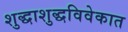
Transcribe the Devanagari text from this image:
शुद्धाशुद्धविवेकात